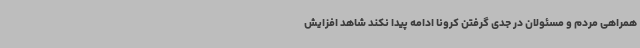
همراهی مردم و مسئولان در جدی گرفتن کرونا ادامه پیدا نکند شاهد افزایش